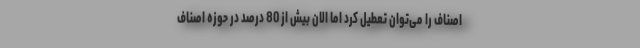
اصناف را می‌توان تعطیل کرد اما الان بیش از 80 درصد در حوزه اصناف